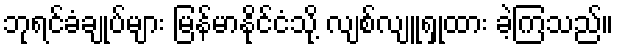
ဘုရင်ခံချုပ်များ မြန်မာနိုင်ငံသို့ လျစ်လျူရှုထား ခဲ့ကြသည်။